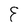
Character: E